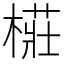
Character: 𭫨